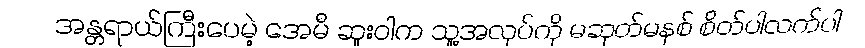
အန္တရာယ်ကြီးပေမဲ့ အေမီ ဆူးဝါက သူ့အလုပ်ကို မဆုတ်မနစ် စိတ်ပါလက်ပါ